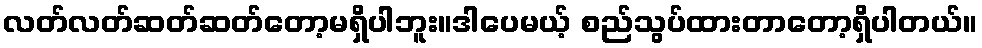
လတ်လတ်ဆတ်ဆတ်တော့မရှိပါဘူး။ဒါပေမယ့် စည်သွပ်ထားတာတော့ရှိပါတယ်။